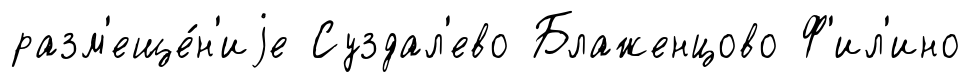
разм'еще́н'иjе Суздал'ево Блаженцово Ф'ил'ино